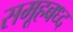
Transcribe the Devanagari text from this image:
समूहबध्द